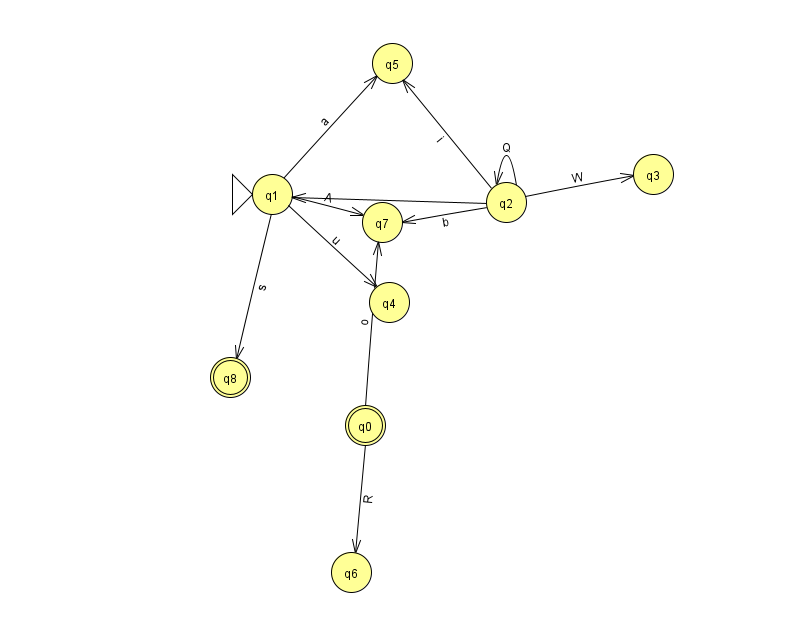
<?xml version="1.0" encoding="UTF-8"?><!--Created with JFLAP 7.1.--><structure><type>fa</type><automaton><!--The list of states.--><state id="0" name="q0"><x>365.0</x><y>412.0</y><final/></state><state id="1" name="q1"><x>272.0</x><y>181.0</y><initial/></state><state id="2" name="q2"><x>506.0</x><y>189.0</y></state><state id="3" name="q3"><x>653.0</x><y>161.0</y></state><state id="4" name="q4"><x>389.0</x><y>289.0</y></state><state id="5" name="q5"><x>392.0</x><y>50.0</y></state><state id="6" name="q6"><x>351.0</x><y>559.0</y></state><state id="7" name="q7"><x>382.0</x><y>209.0</y></state><state id="8" name="q8"><x>230.0</x><y>364.0</y><final/></state><!--The list of transitions.--><transition><from>1</from><to>4</to><read>u</read></transition><transition><from>2</from><to>2</to><read>Q</read></transition><transition><from>0</from><to>6</to><read>R</read></transition><transition><from>2</from><to>3</to><read>W</read></transition><transition><from>0</from><to>7</to><read>o</read></transition><transition><from>1</from><to>7</to><read>A</read></transition><transition><from>1</from><to>8</to><read>s</read></transition><transition><from>1</from><to>5</to><read>a</read></transition><transition><from>2</from><to>7</to><read>b</read></transition><transition><from>2</from><to>1</to><read>p</read></transition><transition><from>2</from><to>5</to><read>i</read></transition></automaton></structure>